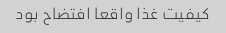
کیفیت غذا واقعا افتضاح بود